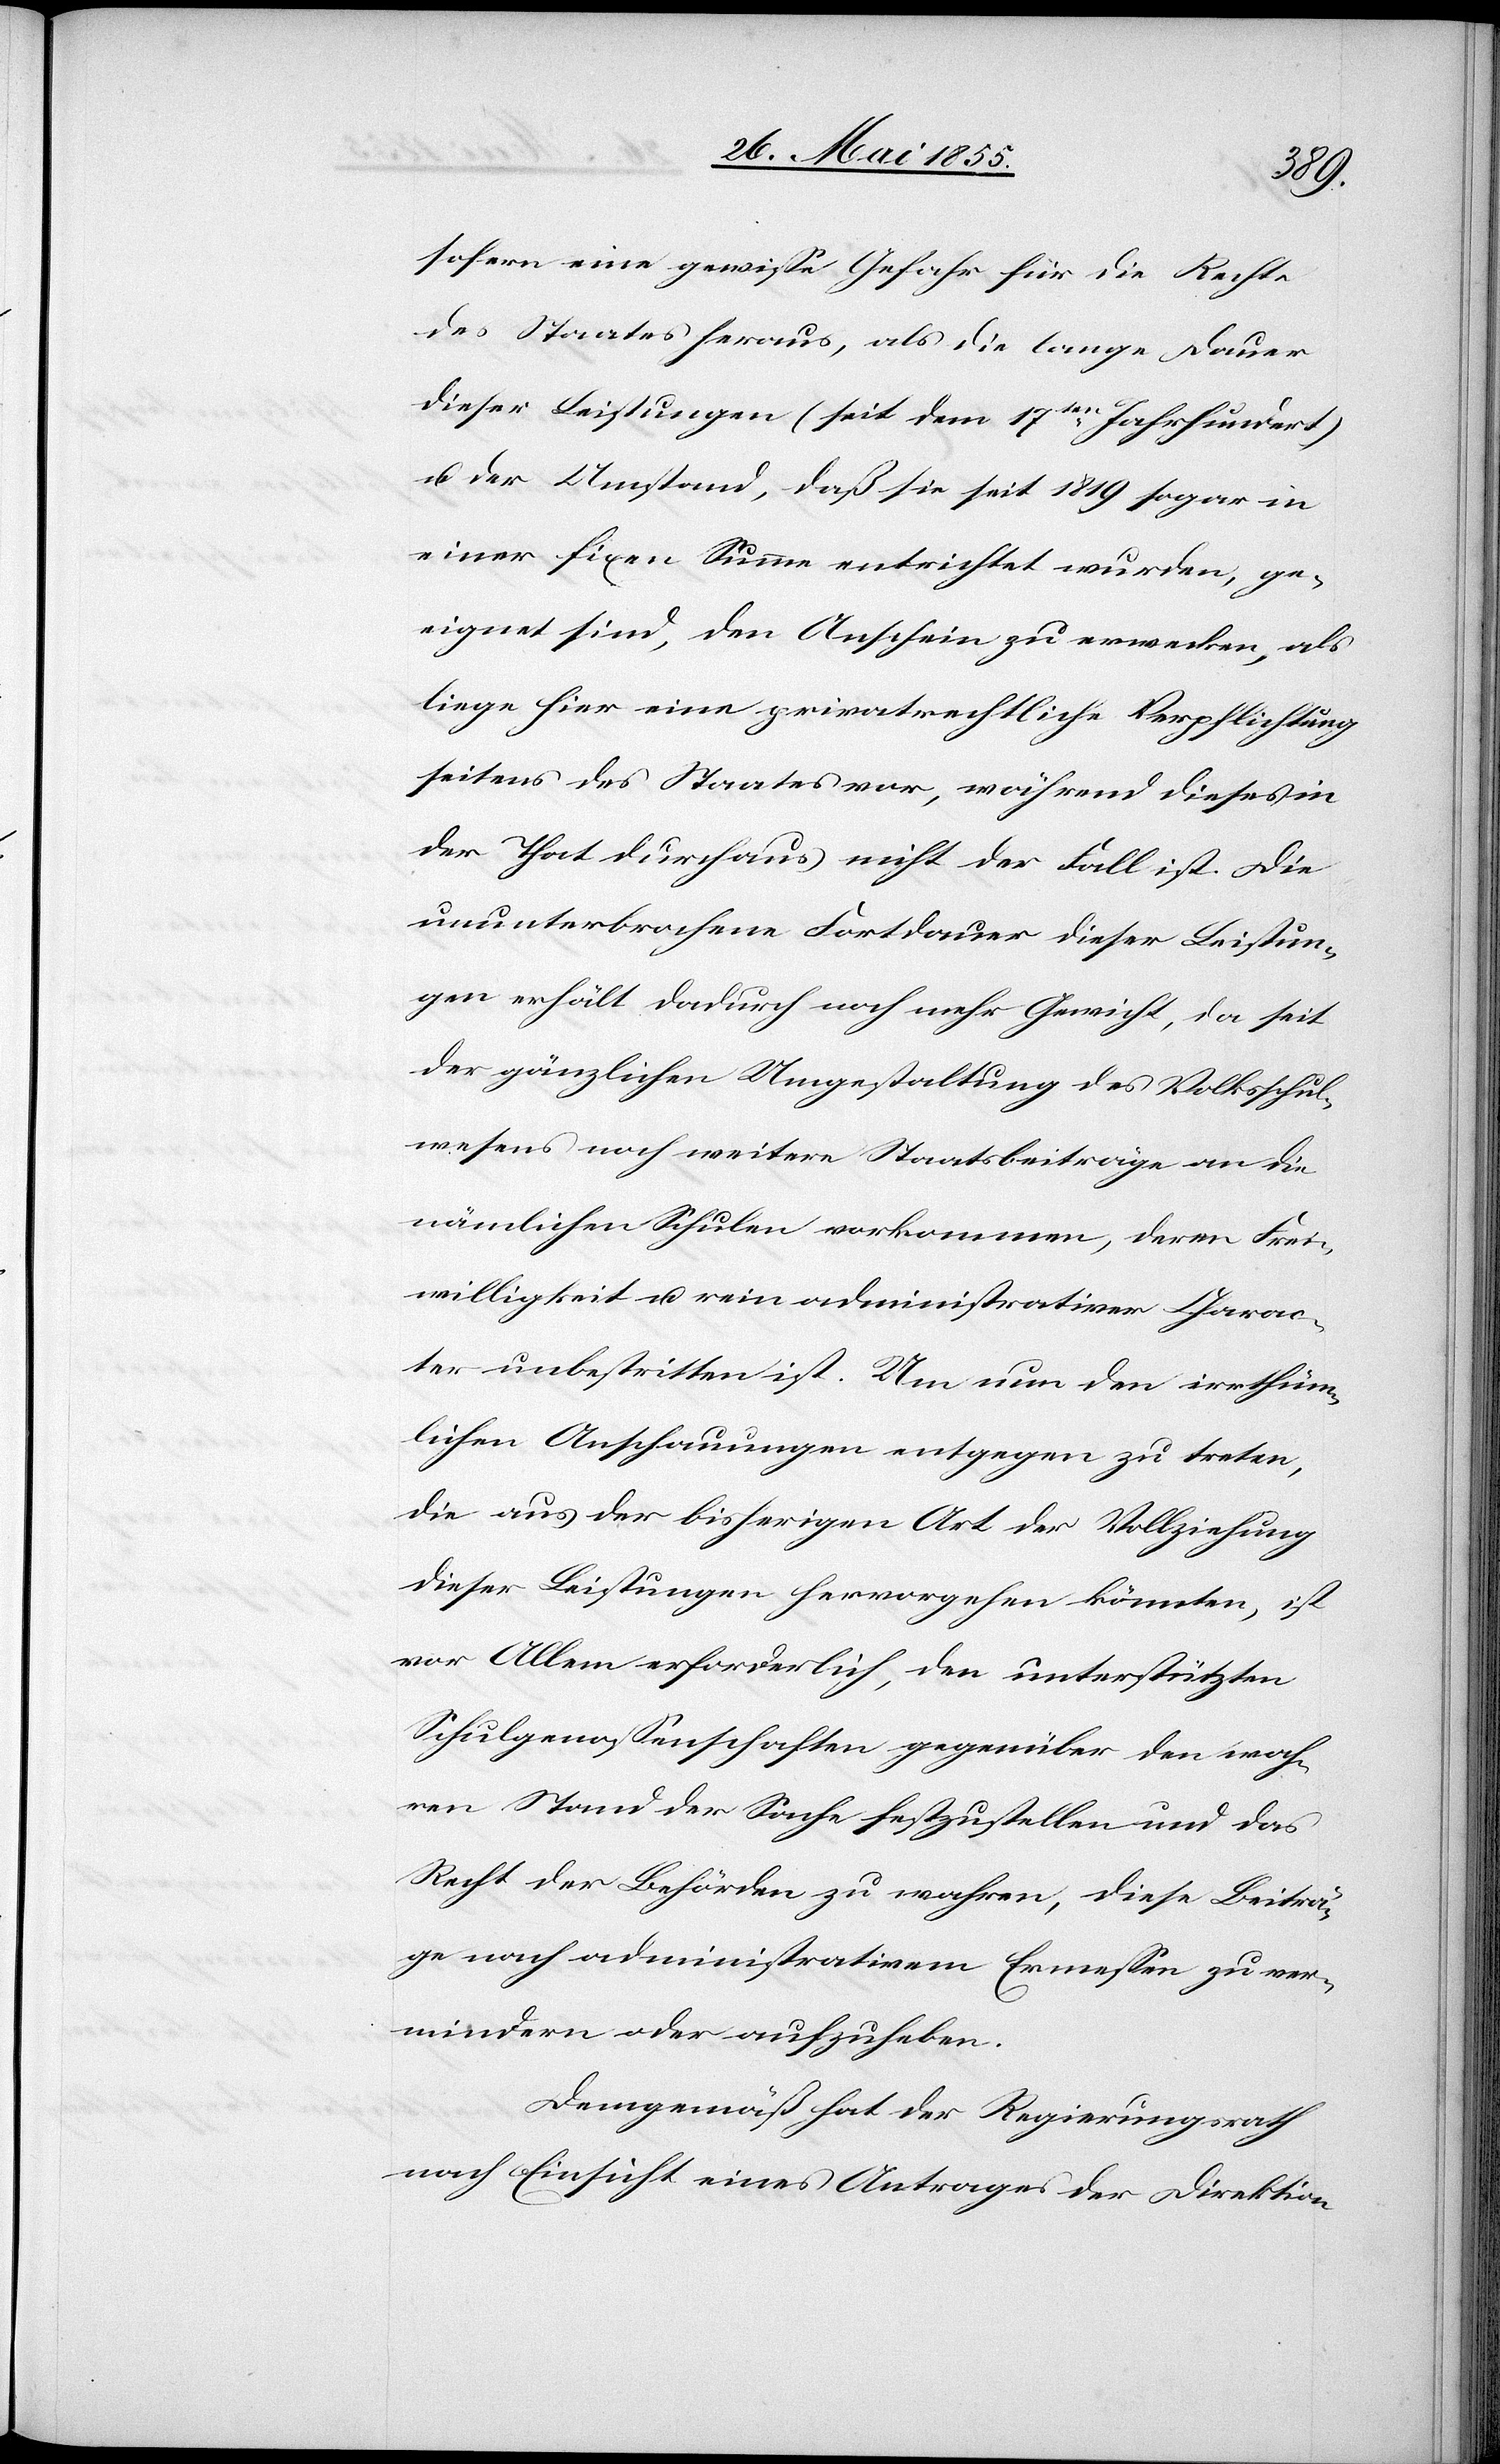
sofern eine gewisse Gefahr für die Rechte
des Staates heraus, als die lange Dauer
dieser Leistungen (seit dem 17ten Jahrhundert)
u. der Umstand, daß sie seit 1819 sogar in
einer fixen Summe entrichtet wurden, ge¬
eignet sind, den Anschein zu erwecken, als
liege hier eine privatrechtliche Verpflichtung
seitens des Staates vor, während dieses in
der That durchaus nicht der Fall ist. Die
ununterbrochene Fortdauer dieser Leistun¬
gen erhält dadurch noch mehr Gewicht, da seit
der gänzlichen Umgestaltung des Volksschul¬
wesens noch weitere Staatsbeiträge an die
nämlichen Schulen vorkommen, deren Frei¬
willigkeit u. rein administrativer Charac¬
ter unbestritten ist. Um nun den irrthüm¬
lichen Anschauungen entgegen zu treten,
die aus der bisherigen Art der Vollziehung
dieser Leistungen hervorgehen könnten, ist
vor Allem erforderlich, den unterstützten
Schulgenossenschaften gegenüber den wah¬
ren Stand der Sache festzustellen und das
Recht der Behörden zu wahren, diese Beiträ¬
ge nach administrativem Ermessen zu ver¬
mindern oder aufzuheben.
Demgemäß hat der Regierungsrath
nach Einsicht eines Antrages der Direktion